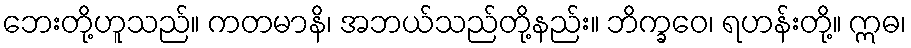
ဘေးတို့ဟူသည်။ ကတမာနိ၊ အဘယ်သည်တို့နည်း။ ဘိက္ခဝေ၊ ရဟန်းတို့။ ဣဓ၊